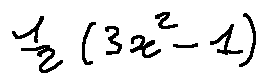
\frac { 1 } { 2 } ( 3 x ^ { 2 } - 1 )